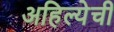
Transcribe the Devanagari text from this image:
अहिल्येची